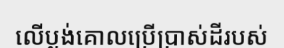
លើប្លង់គោលប្រើប្រាស់ដីរបស់